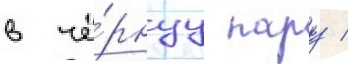
в чё́рнуу пару /